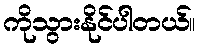
ကိုသွားနိုင်ပါတယ်။